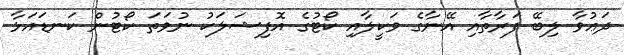
ދަޢުވާ ލިބޭ ފަރާތާއި އޭނާގެ ވަކީލާއި ކޯޓުގެ އޮފިޝަލަކު ނުވަތަ ކޯޓުން ކަނޑައަޅާ